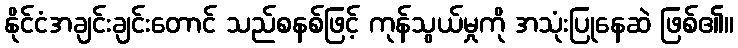
နိုင်ငံအချင်းချင်းတောင် သည်စနစ်ဖြင့် ကုန်သွယ်မှုကို အသုံးပြုနေဆဲ ဖြစ်၏။